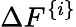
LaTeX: \Delta F^{\{ i\} }